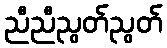
ညီညီညွတ်ညွတ်